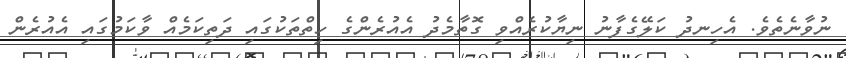
ނުވާނެތެވެ. އެހިނދު ކަލޭގެފާނު ނިޔާކުރެއްވި ގޮތާމެދު އެއުރެންގެ ހިތްތަކުގައި ދަތިކަމެއް ވާކަމުގައި އެއުރެން